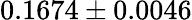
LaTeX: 0.1674\pm 0.0046